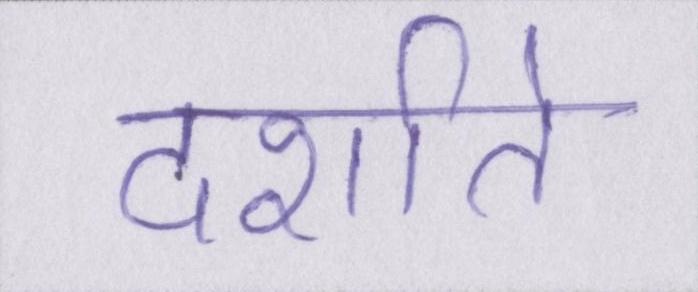
दर्शाते